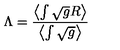
\Lambda = \frac { \left< \int \sqrt { g } R \right> } { \left< \int \sqrt { g } \right> }